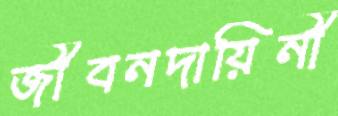
জীবনদায়িনী